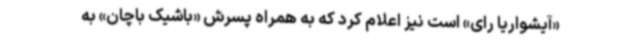
«آیشواریا رای» است نیز اعلام کرد که به همراه پسرش «باشیک باچان» به